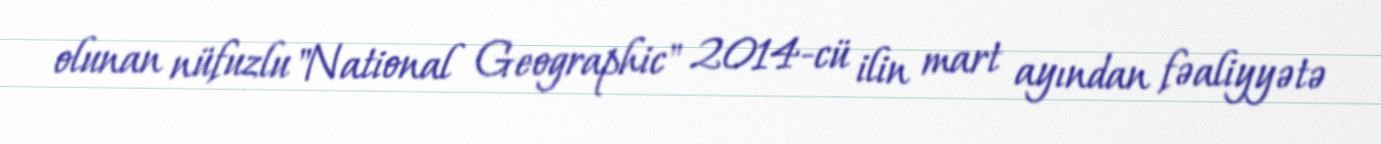
olunan nüfuzlu "National Geographic" 2014-cü ilin mart ayından fəaliyyətə